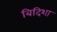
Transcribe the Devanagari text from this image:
बिदिशा